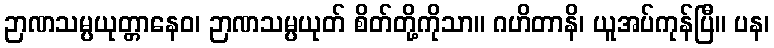
ဉာဏသမ္ပယုတ္တာနေဝ၊ ဉာဏသမ္ပယုတ် စိတ်တို့ကိုသာ။ ဂဟိတာနိ၊ ယူအပ်ကုန်ပြီ။ ပန၊